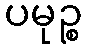
ပမုဉ္စ